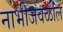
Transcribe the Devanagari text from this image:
नाभीजवळील